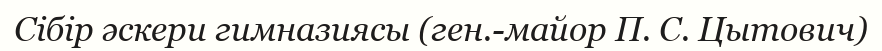
Сібір әскери гимназиясы (ген.-майор П. С. Цытович)